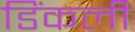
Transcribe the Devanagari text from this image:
डिंकली